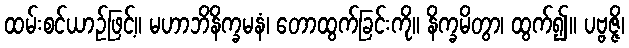
ထမ်းစင်ယာဉ်ဖြင့်။ မဟာဘိနိက္ခမနံ၊ တောထွက်ခြင်းကို။ နိက္ခမိတွာ၊ ထွက်၍။ ပဗ္ဗဇ္ဇိ၊